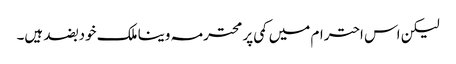
لیکن اس احترام میں کمی پر محترمہ وینا ملک خود بضد ہیں۔